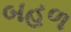
બહળ